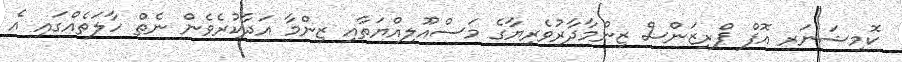
ކޮމިޝަނަރ އޮފް ޕްރިޒަންސް ޒިންމާދާރުވެރިޔާގެ މަސްއޫލިއްޔަތާއި ޒިންމާ އަދާކުރެވެން ނެތް ހާލަތެއްގައި އެ